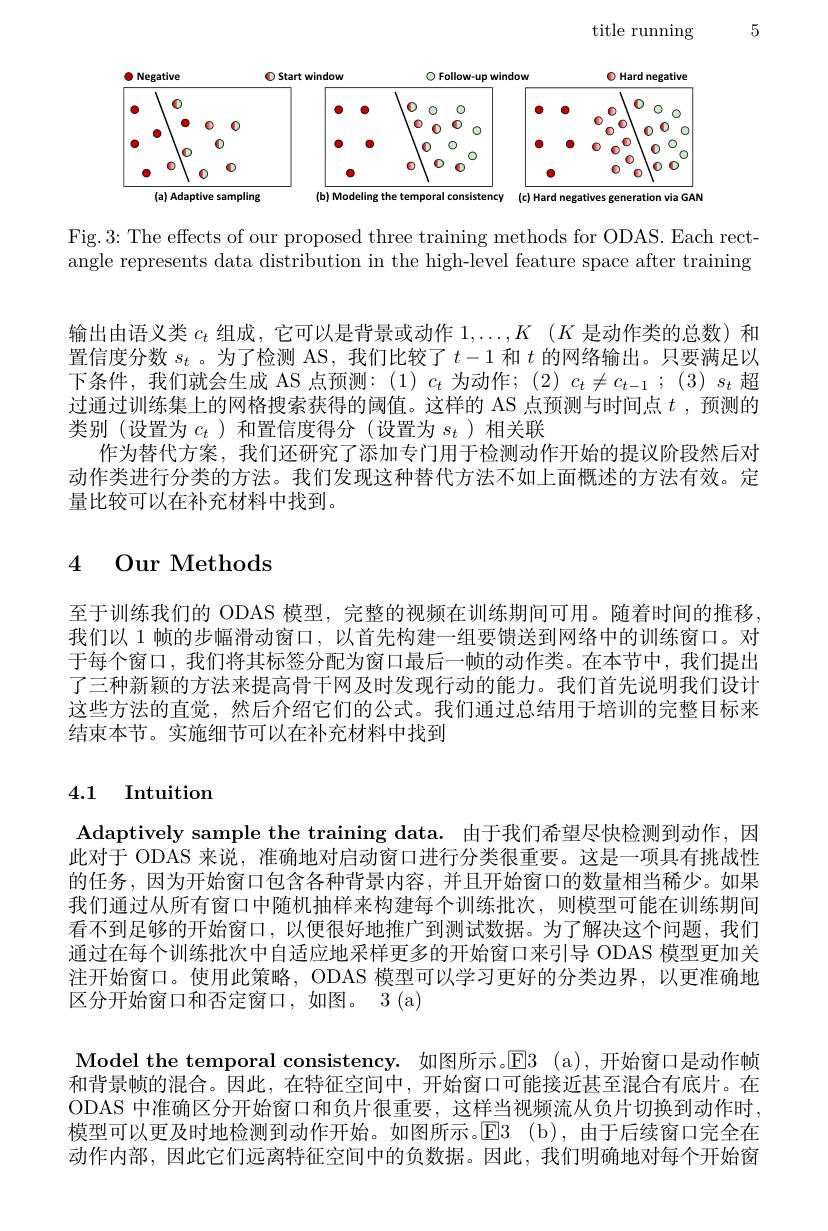
5

title running

<FigureHere>

Fig.3: The effects of our proposed three training methods for ODAS. Each rectangle represents data distribution in the high-level feature space after training

输出由语义类$c_t$组成，它可以是背景或动作$1, \ldots , K$ $( K$是动作类的总数)和置信度分数$s_t$ 。为了检测 AS, 我们比较了$t-1$和$t$的网络输出。只要满足以下条件，我们就会生成 AS 点预测：(1) $c_t$为动作；(2)$c_t\neq c_t-1$;(3)$s_t$超过通过训练集上的网格搜索获得的阈值。这样的 AS 点预测与时间点$t$ ,预测的类别(设置为$c_t$ )和置信度得分(设置为$s_t$ )相关联
作为替代方案，我们还研究了添加专门用于检测动作开始的提议阶段然后对动作类进行分类的方法。我们发现这种替代方法不如上面概述的方法有效。定量比较可以在补充材料中找到。

# 4 Our Methods

至于训练我们的 ODAS 模型，完整的视频在训练期间可用。随着时间的推移我们以 1 帧的步幅滑动窗口，以首先构建一组要馈送到网络中的训练窗口。对于每个窗口，我们将其标签分配为窗口最后一帧的动作类。在本节中，我们提出了三种新颖的方法来提高骨干网及时发现行动的能力。我们首先说明我们设计这些方法的直觉，然后介绍它们的公式。我们通过总结用于培训的完整目标来结束本节。实施细节可以在补充材料中找到

# 4.1 Intuition

Adaptively sample the training data. 由于我们希望尽快检测到动作，因此对于 ODAS 来说，准确地对启动窗口进行分类很重要。这是一项具有挑战性的任务，因为开始窗口包含各种背景内容，并且开始窗口的数量相当稀少。如果我们通过从所有窗口中随机抽样来构建每个训练批次，则模型可能在训练期间看不到足够的开始窗口，以便很好地推广到测试数据。为了解决这个问题，我们通过在每个训练批次中自适应地采样更多的开始窗口来引导 ODAS 模型更加关注开始窗口。使用此策略，ODAS 模型可以学习更好的分类边界，以更准确地区分开始窗口和否定窗口，如图。3(a)
Model the temporal consistency. 如图所示。E$| 3 ( a) $,开始窗口是动作帧和背景帧的混合。因此，在特征空间中，开始窗口可能接近甚至混合有底片。在ODAS 中准确区分开始窗口和负片很重要，这样当视频流从负片切换到动作时， 模型可以更及时地检测到动作开始。如图所示。E3 ( b) , 由于后续窗口完全在动作内部，因此它们远离特征空间中的负数据。因此，我们明确地对每个开始窗